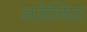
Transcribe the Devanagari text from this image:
अडेलिया